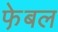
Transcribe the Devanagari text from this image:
फे़बल